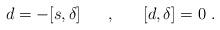
LaTeX: \begin{align*}d=- [s,\delta ] \hspace{0.7cm},\hspace{0.7cm}[d,\delta]=0 \ .\end{align*}